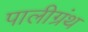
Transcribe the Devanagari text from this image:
पालीग्रंथ